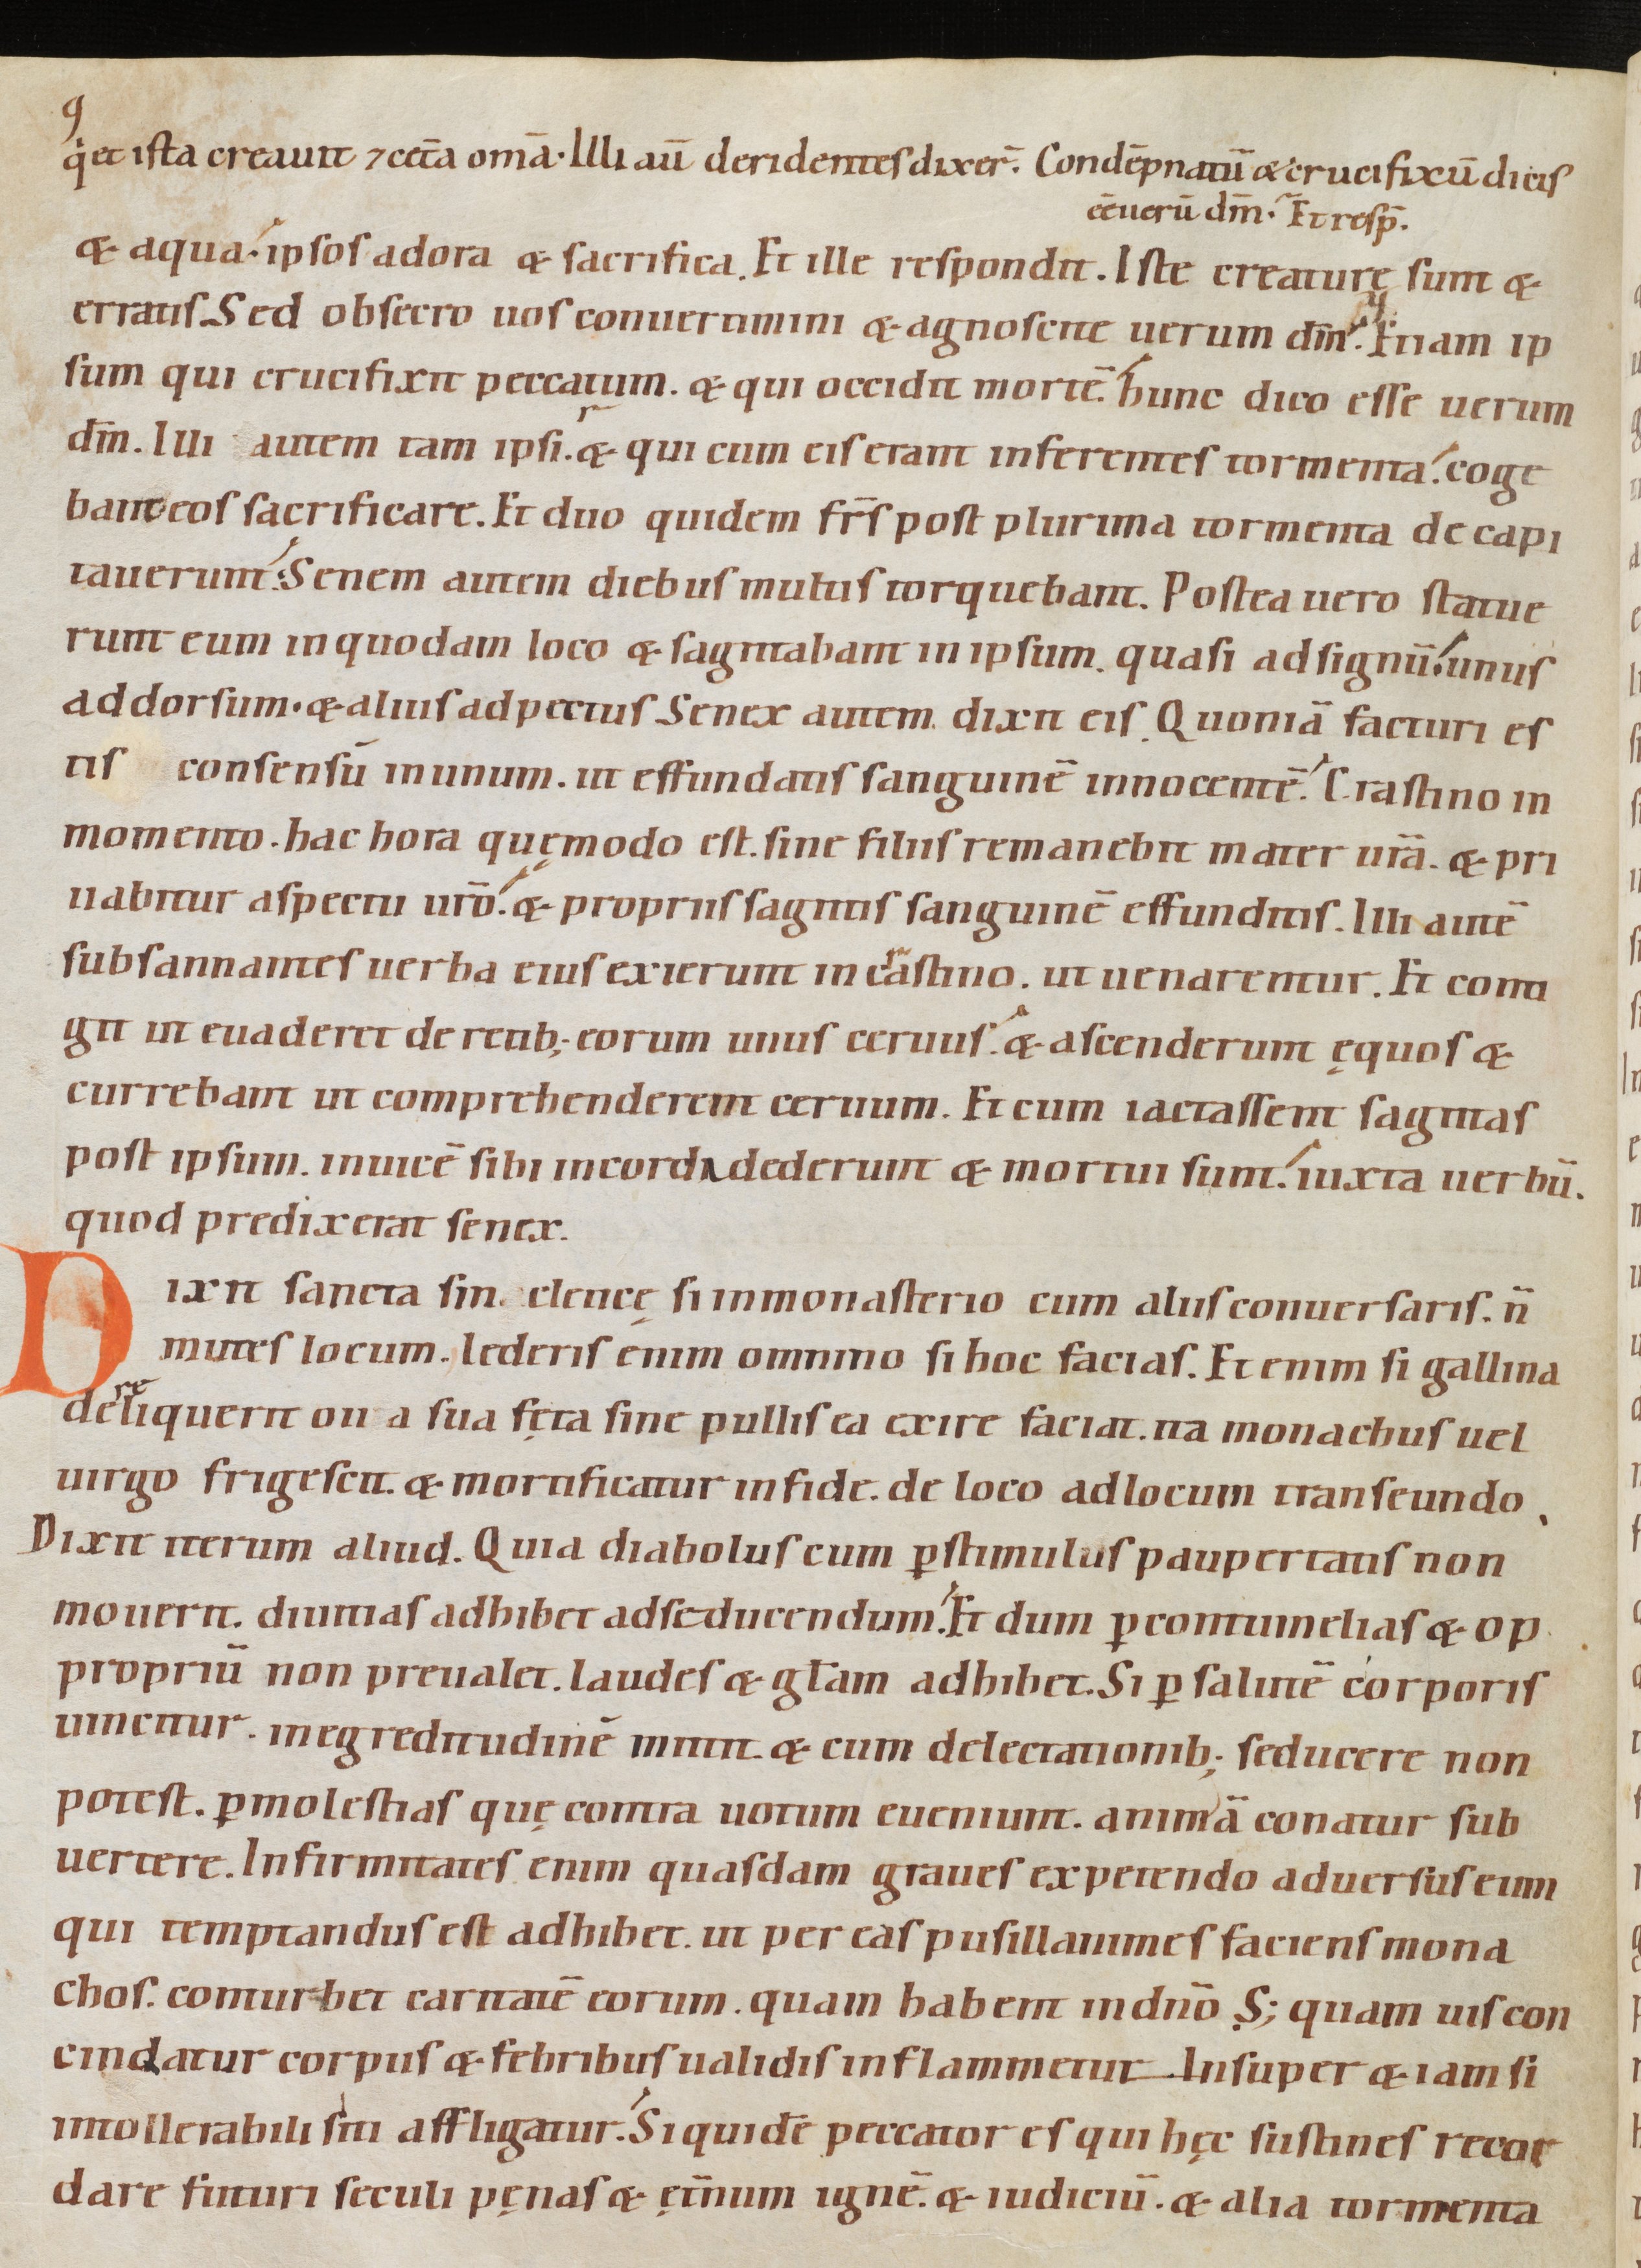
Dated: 1080–1096